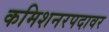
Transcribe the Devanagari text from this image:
कमिशनरपदावर